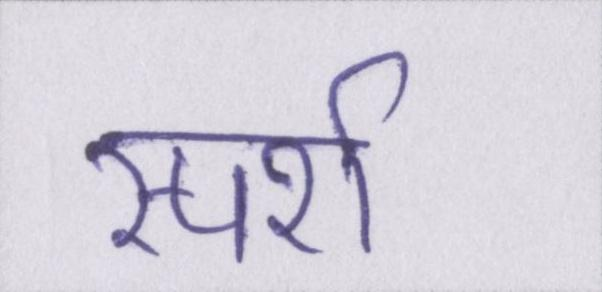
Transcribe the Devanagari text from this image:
स्पर्श